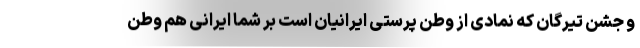
و جشن تیرگان که نمادی از وطن پرستی ایرانیان است بر شما ایرانی هم وطن